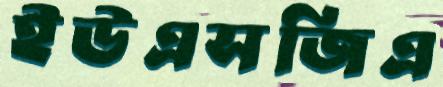
ইউএসজিএ